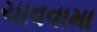
ચાવવામા